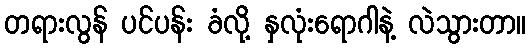
တရားလွန် ပင်ပန်း ခံလို့ နှလုံးရောဂါနဲ့ လဲသွားတာ။